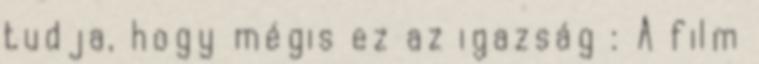
tudja, hogy mégis ez az igazság : A film